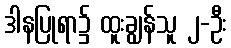
ဒါနပြုရာ၌ ထူးချွန်သူ ၂-ဦး